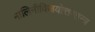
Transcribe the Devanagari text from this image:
मालिनीविजयोत्तरतन्त्र